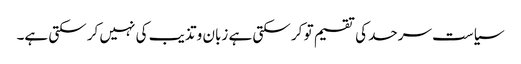
سیاست سرحد کی تقسیم تو کر سکتی ہے زبان و تذیب کی نہیں کر سکتی ہے۔